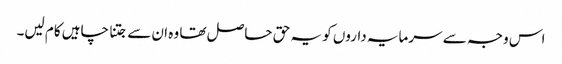
اس وجہ سے سرمایہ داروں کو یہ حق حاصل تھا وہ ان سے جتنا چاہیں کام لیں۔